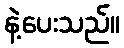
နဲ့ပေးသည်။